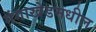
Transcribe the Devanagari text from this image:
गंगाखेडमधील